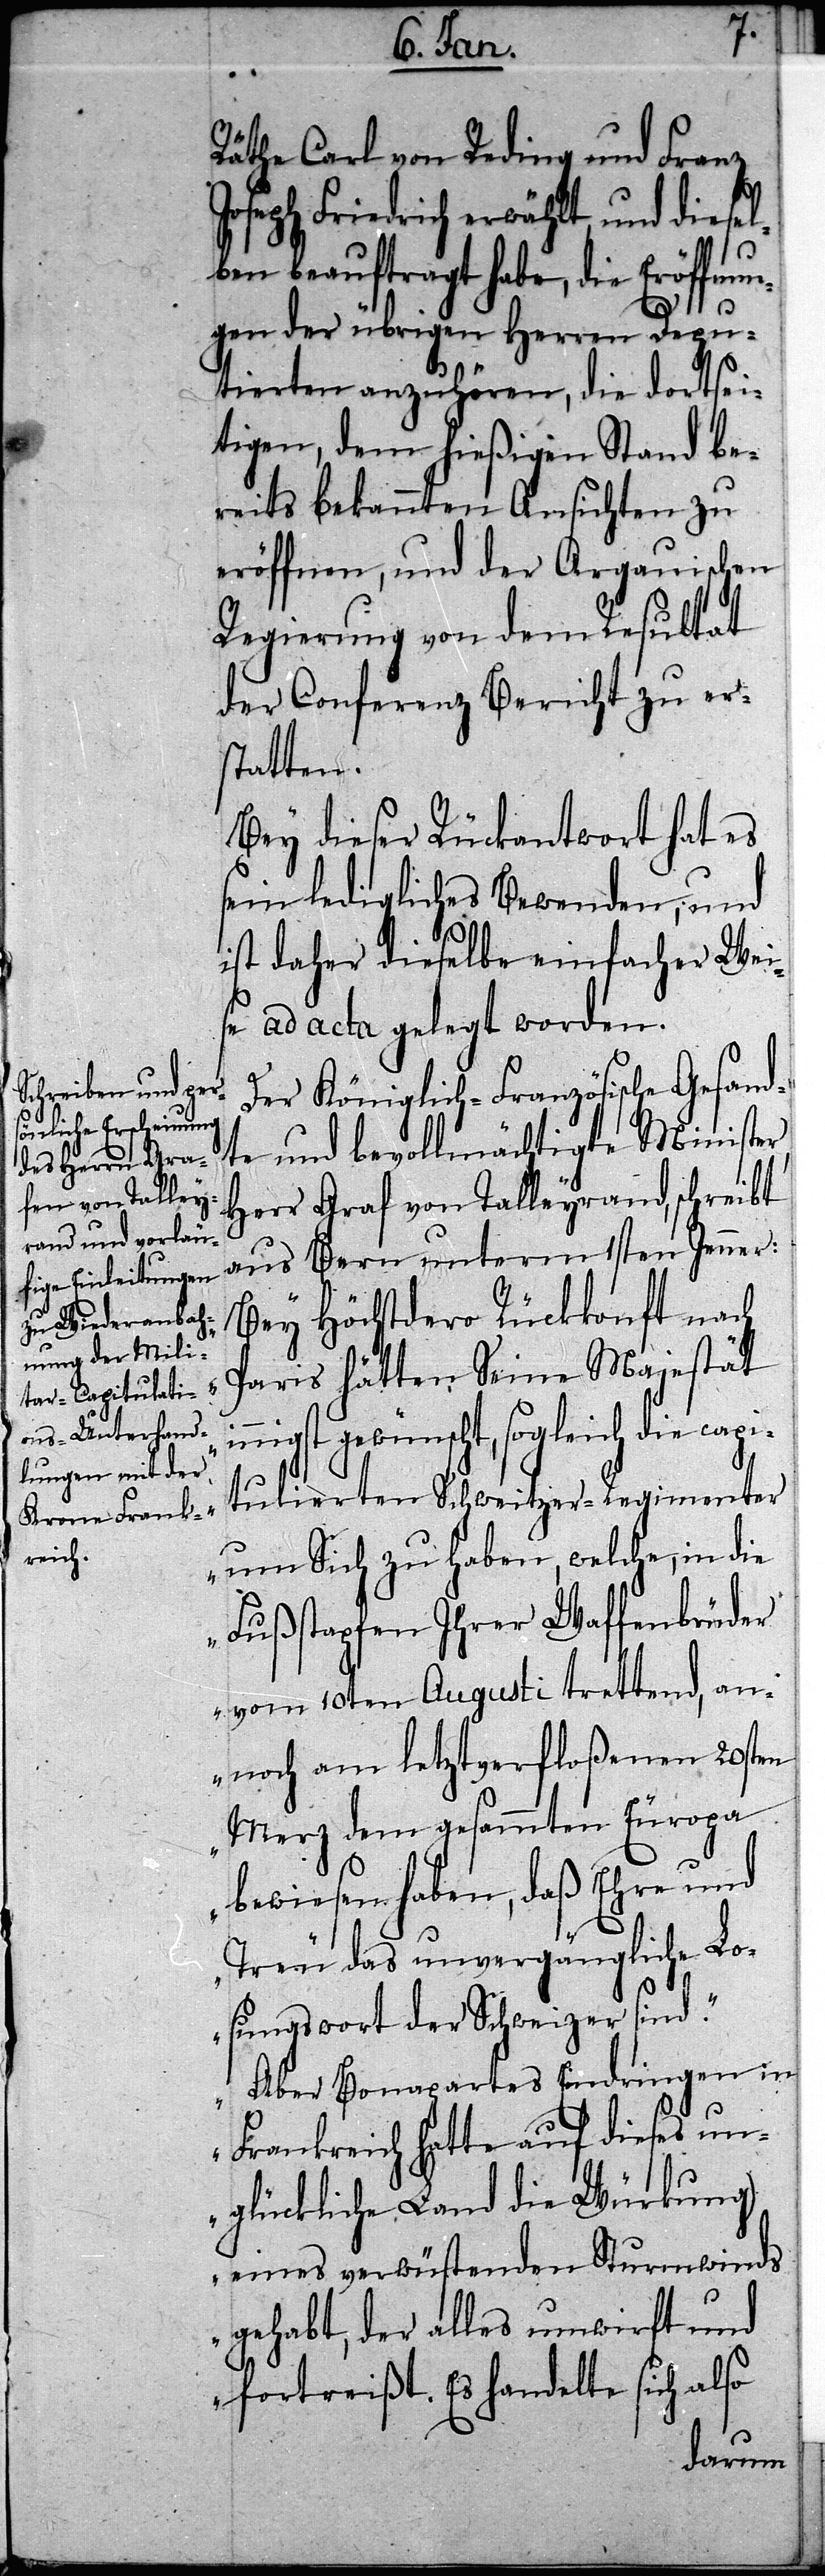
in¬
Räthe Carl von Reding und Franz
Joseph Friedrich erwählt, und diesel¬
ben beauftragt habe, die Eröffnun¬
gen der übrigen Herren Depu¬
tierten anzuhören, die dortsei¬
tigen, dem hießigen Stand be¬
reits bekannten Ansichten zu
eröffnen, und der Argauischen
Regierung von dem Resultat
der Conferenz Bericht zu ers¬
tatten.
Bey dieser Rückantwort hat es
sein ledigliches Bewenden, und
ist daher dieselbe einfacher Weis¬
e ad acta gelegt worden.
Der Königlich-Französische Gesand¬
te und bevollmächtigte Minister,
Herr Graf von Talleyrand, schreibt
aus Bern unterm 1sten Jenner:
„Bey Höchstdero Rückkonft nach
Paris hätten Seine Majestät
nigst gewünscht, sogleich die capi¬
tulierten Schweitzer-Regimenter
um Sich zu haben, welche, in die
Fußstapfen Ihrer Waffenbrüder
vom 10ten Augusti trettend, an¬
noch am letztverfloßenen 20sten
Merz dem gesammten Europa
bewiesen haben, daß Ehre und
Treu das unvergängliche Lo¬
sungswort der Schweizer sind.“
„Aber Bonapartes Eindringen in
Frankreich hatte auf dieses un¬
glückliche Land die Würkung
eines verwüstenden Sturmwinds
gehabt, der alles umwirft und
fortreißt. Es handelte sich also